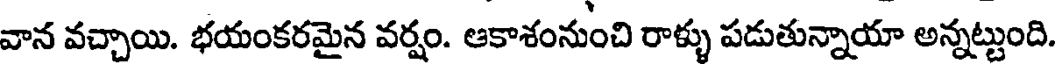
వాన వచ్చాయి. భయంకరమైన వర్షం. ఆకాశంనుంచి రాళ్ళు పడుతున్నాయా అన్నట్టుంది.